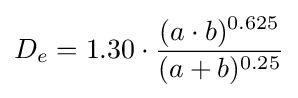
D_{e}=1.30\cdot {\frac {(a\cdot b)^{0.625}}{(a+b)^{0.25}}}